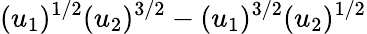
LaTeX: (u_{1})^{1/2}(u_{2})^{3/2}-(u_{1})^{3/2}(u_{2})^{1/2}